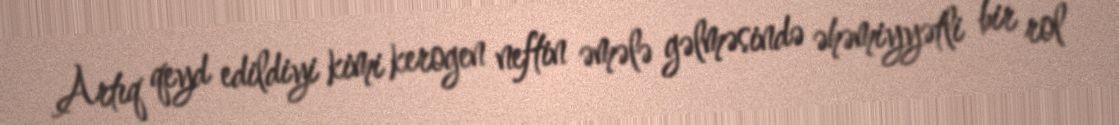
Artıq qeyd edildiyi kimi kerogen neftin əmələ gəlməsində əhəmiyyətli bir rol